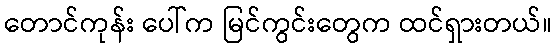
တောင်ကုန်း ပေါ်က မြင်ကွင်းတွေက ထင်ရှားတယ်။